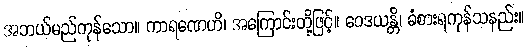
အဘယ်မည်ကုန်သော။ ကာရဏေဟိ၊ အကြောင်းတို့ဖြင့်။ ဝေဒယန္တိ၊ ခံစားရကုန်သနည်း။